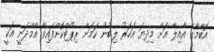
އޮބާމާގެ އާއިލާ އަށް މިދިޔަ އަހަރު ލިބުނު ކަމަށް ރިޕޯޓްކޮށްފައިވާ އާމްދަނީ އަކީ